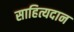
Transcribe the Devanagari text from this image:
साहित्यदान